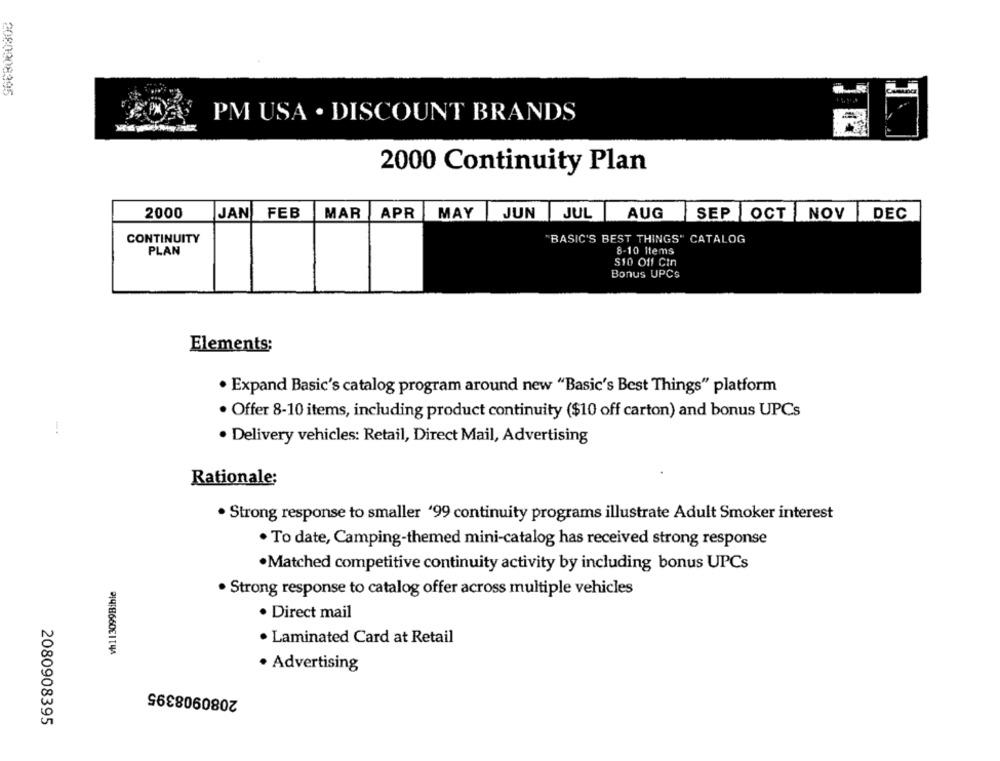
2080008395
PM USA . DISCOUNT BRANDS
2000 Continuity Plan
2000
FEB
MAR
JAN
APR
MAY
JUN JUL
AUG
SEP OCT NOV
DEC
CONTINUITY
"BASIC'S BEST THINGS" CATALOG
PLAN
8-10 Items
$10 Off Cin
Bonus UPCs
Elements;
· Expand Basic's catalog program around new "Basic's Best Things" platform
· Offer 8-10 items, including product continuity ($10 off carton) and bonus UPCs
-..
· Delivery vehicles: Retail, Direct Mail, Advertising
Rationale:
. Strong response to smaller '99 continuity programs illustrate Adult Smoker interest
· To date, Camping-themed mini-catalog has received strong response
·Matched competitive continuity activity by including bonus UPCs
vh113099Bible
· Strong response to catalog offer across multiple vehicles
· Direct mail
· Laminated Card at Retail
· Advertising
2080908395
2080908395